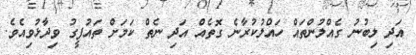
އަދި ލިބުނު ގެއްލުންތައް ހައްލުކުރާނެ ގޮތެއް އަދި ނެތް ކަމަށް ތައުފީގު ވިދާޅުވިއެވެ.